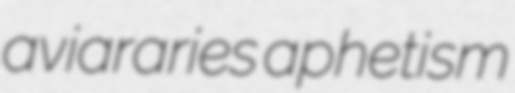
aviararies aphetism